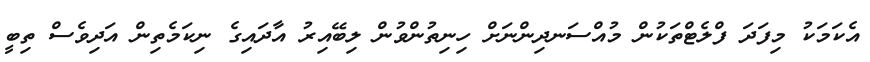
އެކަމަކު މިފަދަ ފްލެޓްތަކުން މުއްސަނދިންނަށް ހިނިތުންވުން ލިބޭއިރު އާދައިގެ ނިކަމެތިން އަދިވެސް ތިބީ